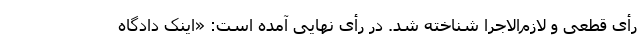
رأی قطعی و لازم‌الاجرا شناخته شد. در رأی نهایی آمده است: «اینک دادگاه